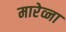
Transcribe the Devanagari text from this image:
मारेव्ना